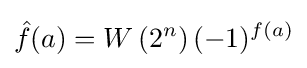
{\hat {f}}(a)=W\left(2^{n}\right)(-1)^{f(a)}